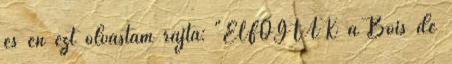
és én ezt olvastam rajta: "ELFOGTAK a Bois de